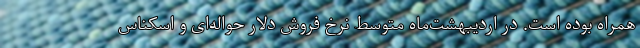
همراه بوده است. در اردیبهشت‌ماه متوسط نرخ فروش دلار حواله‌ای و اسکناس